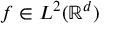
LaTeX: f \in L ^ { 2 } ( \mathbb { R } ^ { d } )